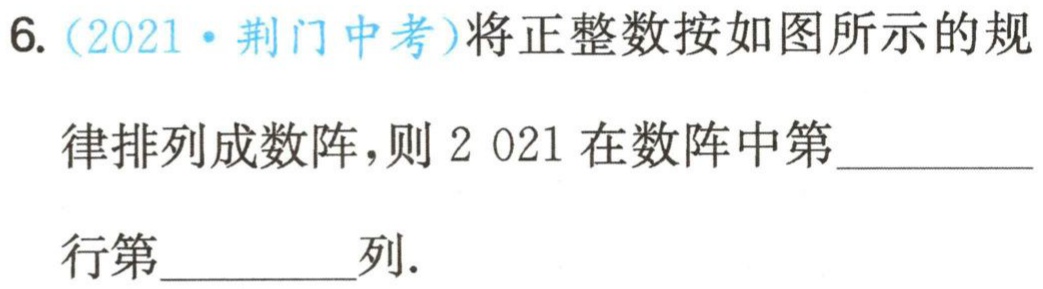
6.（2021·荆门中考）将正整数按如图所示的规
律排列成数阵，则 \(2021\) 在数阵中第________
行第________列.